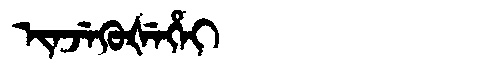
Manchu: ᡳᠨᠵᡝᡴᡠᡧᡝᡥᡝᡳ
Romanization: INJEKUŠEHEI